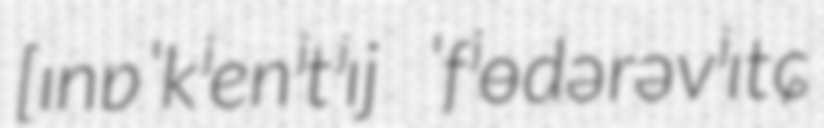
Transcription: [ɪnɐˈkʲenʲtʲɪj ˈfʲɵdərəvʲɪtɕ